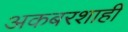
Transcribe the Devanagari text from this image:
अकबरशाही